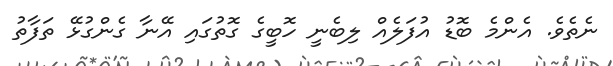
ނެތެވެ. އެންމެ ބޮޑު އުފަލެއް ލިބެނީ ހޮބީގެ ގޮތުގައި އޭނާ ގެންގުޅޭ ތަފާތު